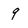
Character: 9